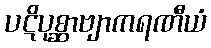
ပဋိပုစ္ဆာဗျာကရဏီယံ